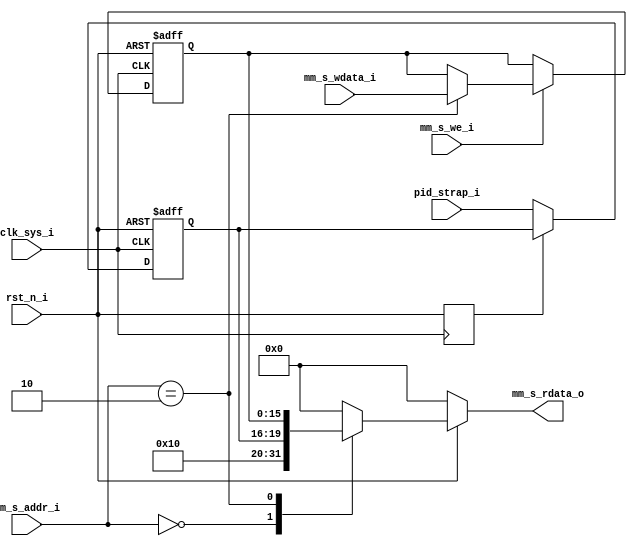
module product_test(
// Global Clock and Reset
clk_sys_i,
rst_n_i,

// Memory Mapped Bus Slave Interface
mm_s_addr_i,
mm_s_wdata_i,
mm_s_rdata_o,
mm_s_we_i,

// Bootstrap Signals
pid_strap_i
);

/***************************************************
 Misc Logic Parameters
***************************************************/
parameter MM_ADDR_WIDTH = 8;
parameter MM_DATA_WIDTH = 16;
// S0: Product ID
parameter REG_ADDR_PID = 'h00;
parameter REG_ADDR_TST = 'h02;

parameter FW_VERSION = 8'h01;

//---------- Global Clock and Reset -----------
input clk_sys_i, rst_n_i;

//---------- Master Interface Signals -----------
// Address and Data Bus
input[MM_ADDR_WIDTH-1:0] mm_s_addr_i;
input[MM_DATA_WIDTH-1:0] mm_s_wdata_i;
output[MM_DATA_WIDTH-1:0] mm_s_rdata_o;
// Bus Control
input mm_s_we_i;

//---------- Bootstrap Signals -----------
input[3:0] pid_strap_i;

//---------- Internal Regs -----------
reg[3:0] pid_reg;
reg[MM_DATA_WIDTH-1:0] test_reg;
reg[MM_DATA_WIDTH-1:0] mm_s_rdata_o; 

reg edge_rst;

/***************************************************
 Device Information & Test Functions
***************************************************/
//MM Write Function
 always @(posedge clk_sys_i, negedge rst_n_i)
 begin
 	if(!rst_n_i) begin
 		test_reg <= 0;
 	end
 	else if(mm_s_we_i) begin
 		case(mm_s_addr_i)
 			REG_ADDR_TST:
 				test_reg <= mm_s_wdata_i;
 			default:
 				test_reg <= test_reg;
 		endcase
 	end
 end

// MM Read Function
always @(mm_s_addr_i, pid_reg, test_reg, rst_n_i)
begin
	if(!rst_n_i) begin
		mm_s_rdata_o <= 0;
	end
	else begin
		case(mm_s_addr_i)
			REG_ADDR_PID:
				mm_s_rdata_o <= {FW_VERSION, 4'h0, pid_reg[3:0]};
			REG_ADDR_TST:
 				mm_s_rdata_o <= test_reg;
			default:
				mm_s_rdata_o <= 0;
		endcase
	end
end


// PID Bootstrap on Reset
always @(posedge clk_sys_i)
begin
	edge_rst <= rst_n_i;
end

// PID Bootstrap on Reset
always @(posedge clk_sys_i, negedge rst_n_i)
begin
	if(!rst_n_i)
		pid_reg <= 0;
	else if(!edge_rst)
		pid_reg <= pid_strap_i;
	else
		pid_reg <= pid_reg;
end


endmodule